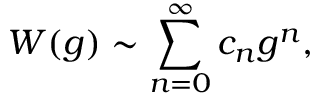
W ( g ) \sim \sum _ { n = 0 } ^ { \infty } c _ { n } g ^ { n } ,